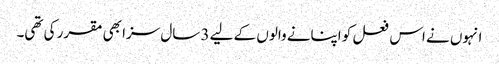
انہوں نے اس فعل کو اپنانے والوں کے لیے 3 سال سزا بھی مقرر کی تھی۔